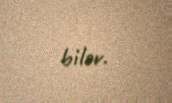
bilər.